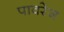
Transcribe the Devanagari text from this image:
पावरेज